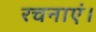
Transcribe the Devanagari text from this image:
रचनाएं।